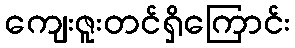
ကျေးဇူးတင်ရှိကြောင်း